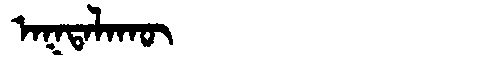
Manchu: ᠠᡴᡨᠠᠯᠠᡴᡡ
Romanization: AKTALAKŪ